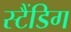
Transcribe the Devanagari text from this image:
स्टैंडिग